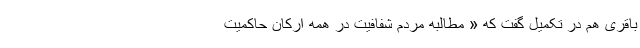
باقری هم در تکمیل گفت که « مطالبه مردم شفافیت در همه ارکان حاکمیت